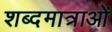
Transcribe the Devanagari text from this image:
शब्दमात्राओं